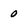
Character: 0